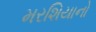
મરશિયાનો